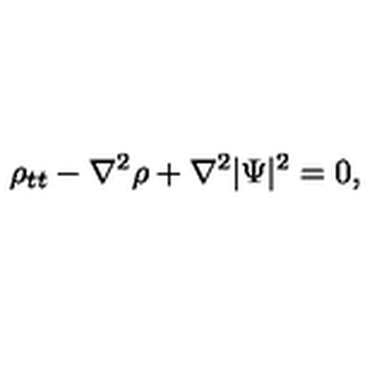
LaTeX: \rho _ { t t } - \nabla ^ { 2 } \rho + \nabla ^ { 2 } | \Psi | ^ { 2 } = 0 ,